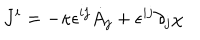
LaTeX: J ^ { i } = - \kappa \epsilon ^ { i j } \dot { A } _ { j } + \epsilon ^ { i j } \partial _ { j } \chi